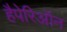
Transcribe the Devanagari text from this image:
हैपेरिऑन